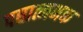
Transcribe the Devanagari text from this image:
पद्यात्मभक